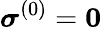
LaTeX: \boldsymbol{\sigma}^{(0)}=\mathbf{0}